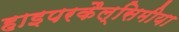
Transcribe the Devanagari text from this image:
हाइपरकैल्सिमीया